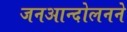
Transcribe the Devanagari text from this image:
जनआन्दोलनने